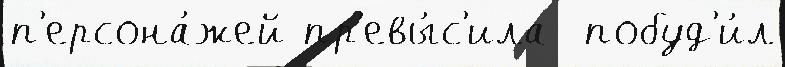
п'ерсона́жей пр'евы́с'ила  побуд'и́л